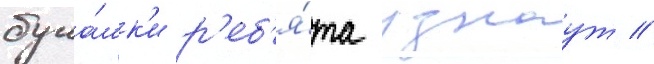
бука́шк'и р'еб'я́та узнаут /